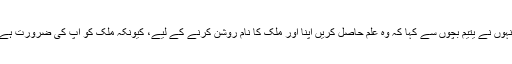
انہوں نے یتیم بچوں سے کہا کہ وہ علم حاصل کریں اپنا اور ملک کا نام روشن کرنے کے لیے، کیونکہ ملک کو آپ کی ضرورت ہے۔